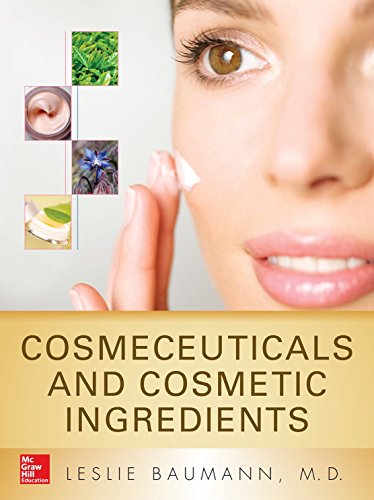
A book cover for Cosmeceuticals and Cosmetic Ingredients; Leslie Baumann; Engineering & Transportation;